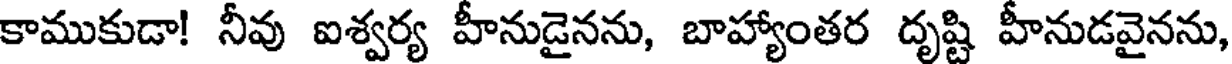
కాముకుడా! నీవు ఐశ్వర్య హీనుడైనను, బాహ్యాంతర దృష్టి హీనుడవైనను,